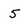
Character: 5